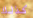
كذلك